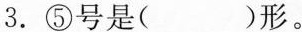
3.⑤号是( )形。